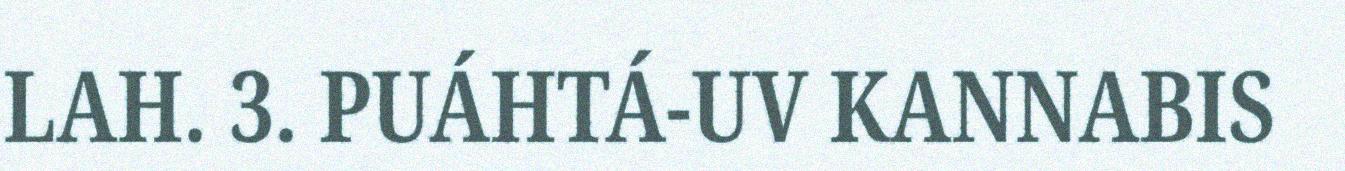
LAH. 3. PUÁHTÁ-UV KANNABIS